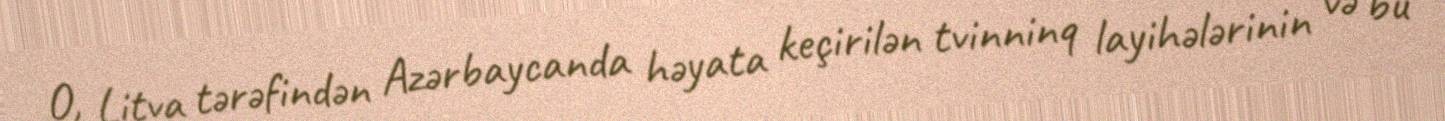
O, Litva tərəfindən Azərbaycanda həyata keçirilən tvinninq layihələrinin və bu